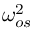
\omega _ { o s } ^ { 2 }